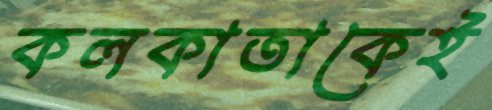
কলকাতাকেই